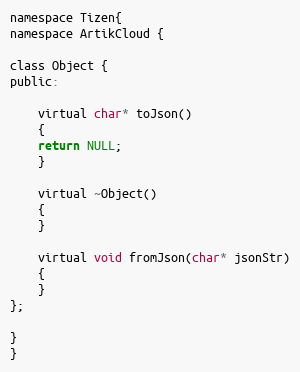
Language: C
namespace Tizen{
namespace ArtikCloud {

class Object {
public:

	virtual char* toJson()
	{
	return NULL;
	}

	virtual ~Object()
	{
	}

	virtual void fromJson(char* jsonStr)
	{
	}
};

}
}